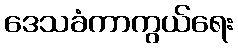
ဒေသခံကာကွယ်ရေး